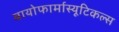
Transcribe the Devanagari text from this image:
बायोफार्मास्यूटिकल्स